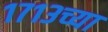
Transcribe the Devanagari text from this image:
१७१३च्या